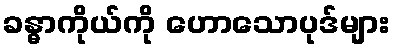
ခန္ဓာကိုယ်ကို ဟောသောပုဒ်များ